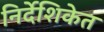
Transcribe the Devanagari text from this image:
निर्देशिकेत